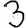
Digit: 3